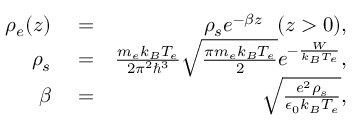
\begin{array} { r l r } { \rho _ { e } ( z ) } & { { } = } & { \rho _ { s } e ^ { - \beta z } \ \ ( z > 0 ) , } \\ { \rho _ { s } } & { { } = } & { \frac { m _ { e } k _ { B } T _ { e } } { 2 \pi ^ { 2 } \hbar ^ { 3 } } \sqrt { \frac { \pi m _ { e } k _ { B } T _ { e } } { 2 } } e ^ { - \frac { W } { k _ { B } T _ { e } } } , } \\ { \beta } & { { } = } & { \sqrt { \frac { e ^ { 2 } \rho _ { s } } { \epsilon _ { 0 } k _ { B } T _ { e } } } , } \end{array}